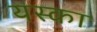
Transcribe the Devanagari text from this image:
यस्का